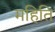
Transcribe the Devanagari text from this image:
महिति